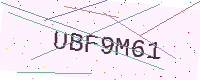
Text: UBF9M61